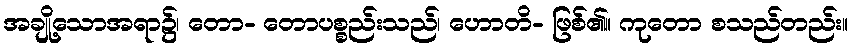
အချို့သောအရာ၌၊ တော- တောပစ္စည်းသည်၊ ဟောတိ- ဖြစ်၏။ ကုတော စသည်တည်း။